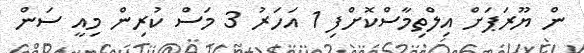
ން ޔޫރަޕަށް އިލްތިމާސްކޮށްފި 1 އަހަރު 3 މަސް ކުރިން މިއީ ސަން